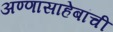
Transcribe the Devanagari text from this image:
अण्णासाहेबांची